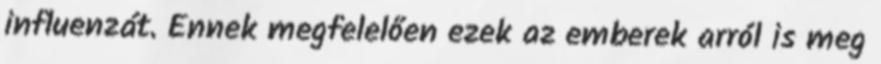
influenzát. Ennek megfelelően ezek az emberek arról is meg